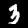
Label: 3